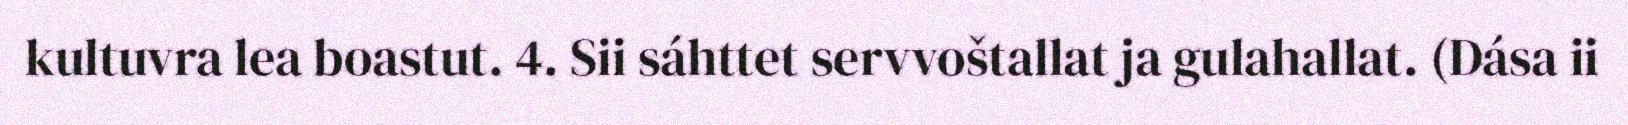
kultuvra lea boastut. 4. Sii sáhttet servvoštallat ja gulahallat. (Dása ii